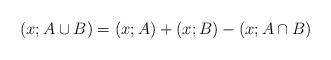
LaTeX: \begin{align*}\left(x; A\cup B \right)=\left(x; A\right)+\left(x; B\right)-\left(x; A\cap B \right) \end{align*}